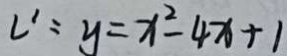
l ^ { \prime } : y = x ^ { 2 } - 4 x + 1